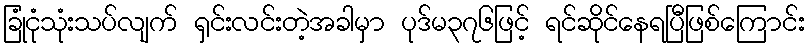
ခြုံငုံသုံးသပ်လျက် ရှင်းလင်းတဲ့အခါမှာ ပုဒ်မ၃၇၆ဖြင့် ရင်ဆိုင်နေရပြီဖြစ်ကြောင်း